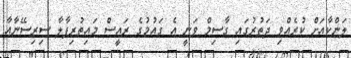
ލަންކާއަށް ކުރެއްވި ދަތުރުގައި ގާސިމް ވަނީ އެ ގައުމުގެ ރައީސް މައިތުރިޕާލާ ސިރިސޭނާއާ